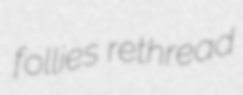
follies rethread